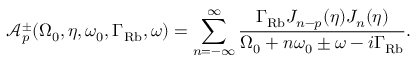
\mathcal { A } _ { p } ^ { \pm } ( \Omega _ { 0 } , \eta , \omega _ { 0 } , \Gamma _ { \mathrm { R b } } , \omega ) = \sum _ { n = - \infty } ^ { \infty } \frac { \Gamma _ { \mathrm { R b } } J _ { n - p } ( \eta ) J _ { n } ( \eta ) } { \Omega _ { 0 } + n \omega _ { 0 } \pm \omega - i \Gamma _ { \mathrm { R b } } } .